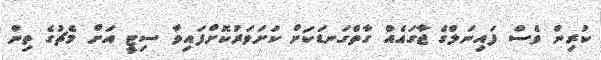
ކުރިން ވެސް ފައިނަލްގެ ޖާގައެއް ގާތްގަނޑަކަށް ކަށަވަރުކޮށްފައިވާ ސިޓީ އަށް މެޗުގެ ތިން